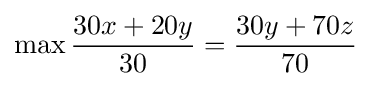
\max {30x+20y \over 30}={30y+70z \over 70}